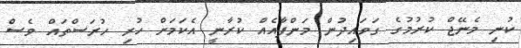
ކުނި މެނޭޖް ކުރުމުގެ ގަވައިދުން މަންފާއެއް ކުރާނީ އެކަމަށް ހުރި ހުރަސްތައް ވެސް